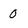
Character: 0